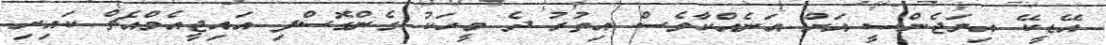
އޭޑީކޭ އިމަޖެންސީ އަށް އަނެއްކާވެސް އިތުރު ދެ މީހަކު ގެންގޮސްފި އައިޖީއެމްއެޗް ކައިރި